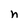
Character: n